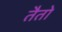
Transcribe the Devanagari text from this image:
तैतो